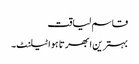
قاسم لیاقت
بہترین ابھرتا ہوا ٹیلنٹ۔